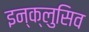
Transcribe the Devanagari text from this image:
इन्क्लुसिव